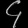
Digit: ၄